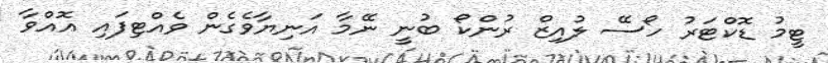
ޓީމު ޑޮކްޓަރު ހޯސޭ ލުއިޒް ރުންކޯ ބުނީ ނޭމާ އަނިޔާވެގެން ވެއްޓިފައި އޮއްވާ